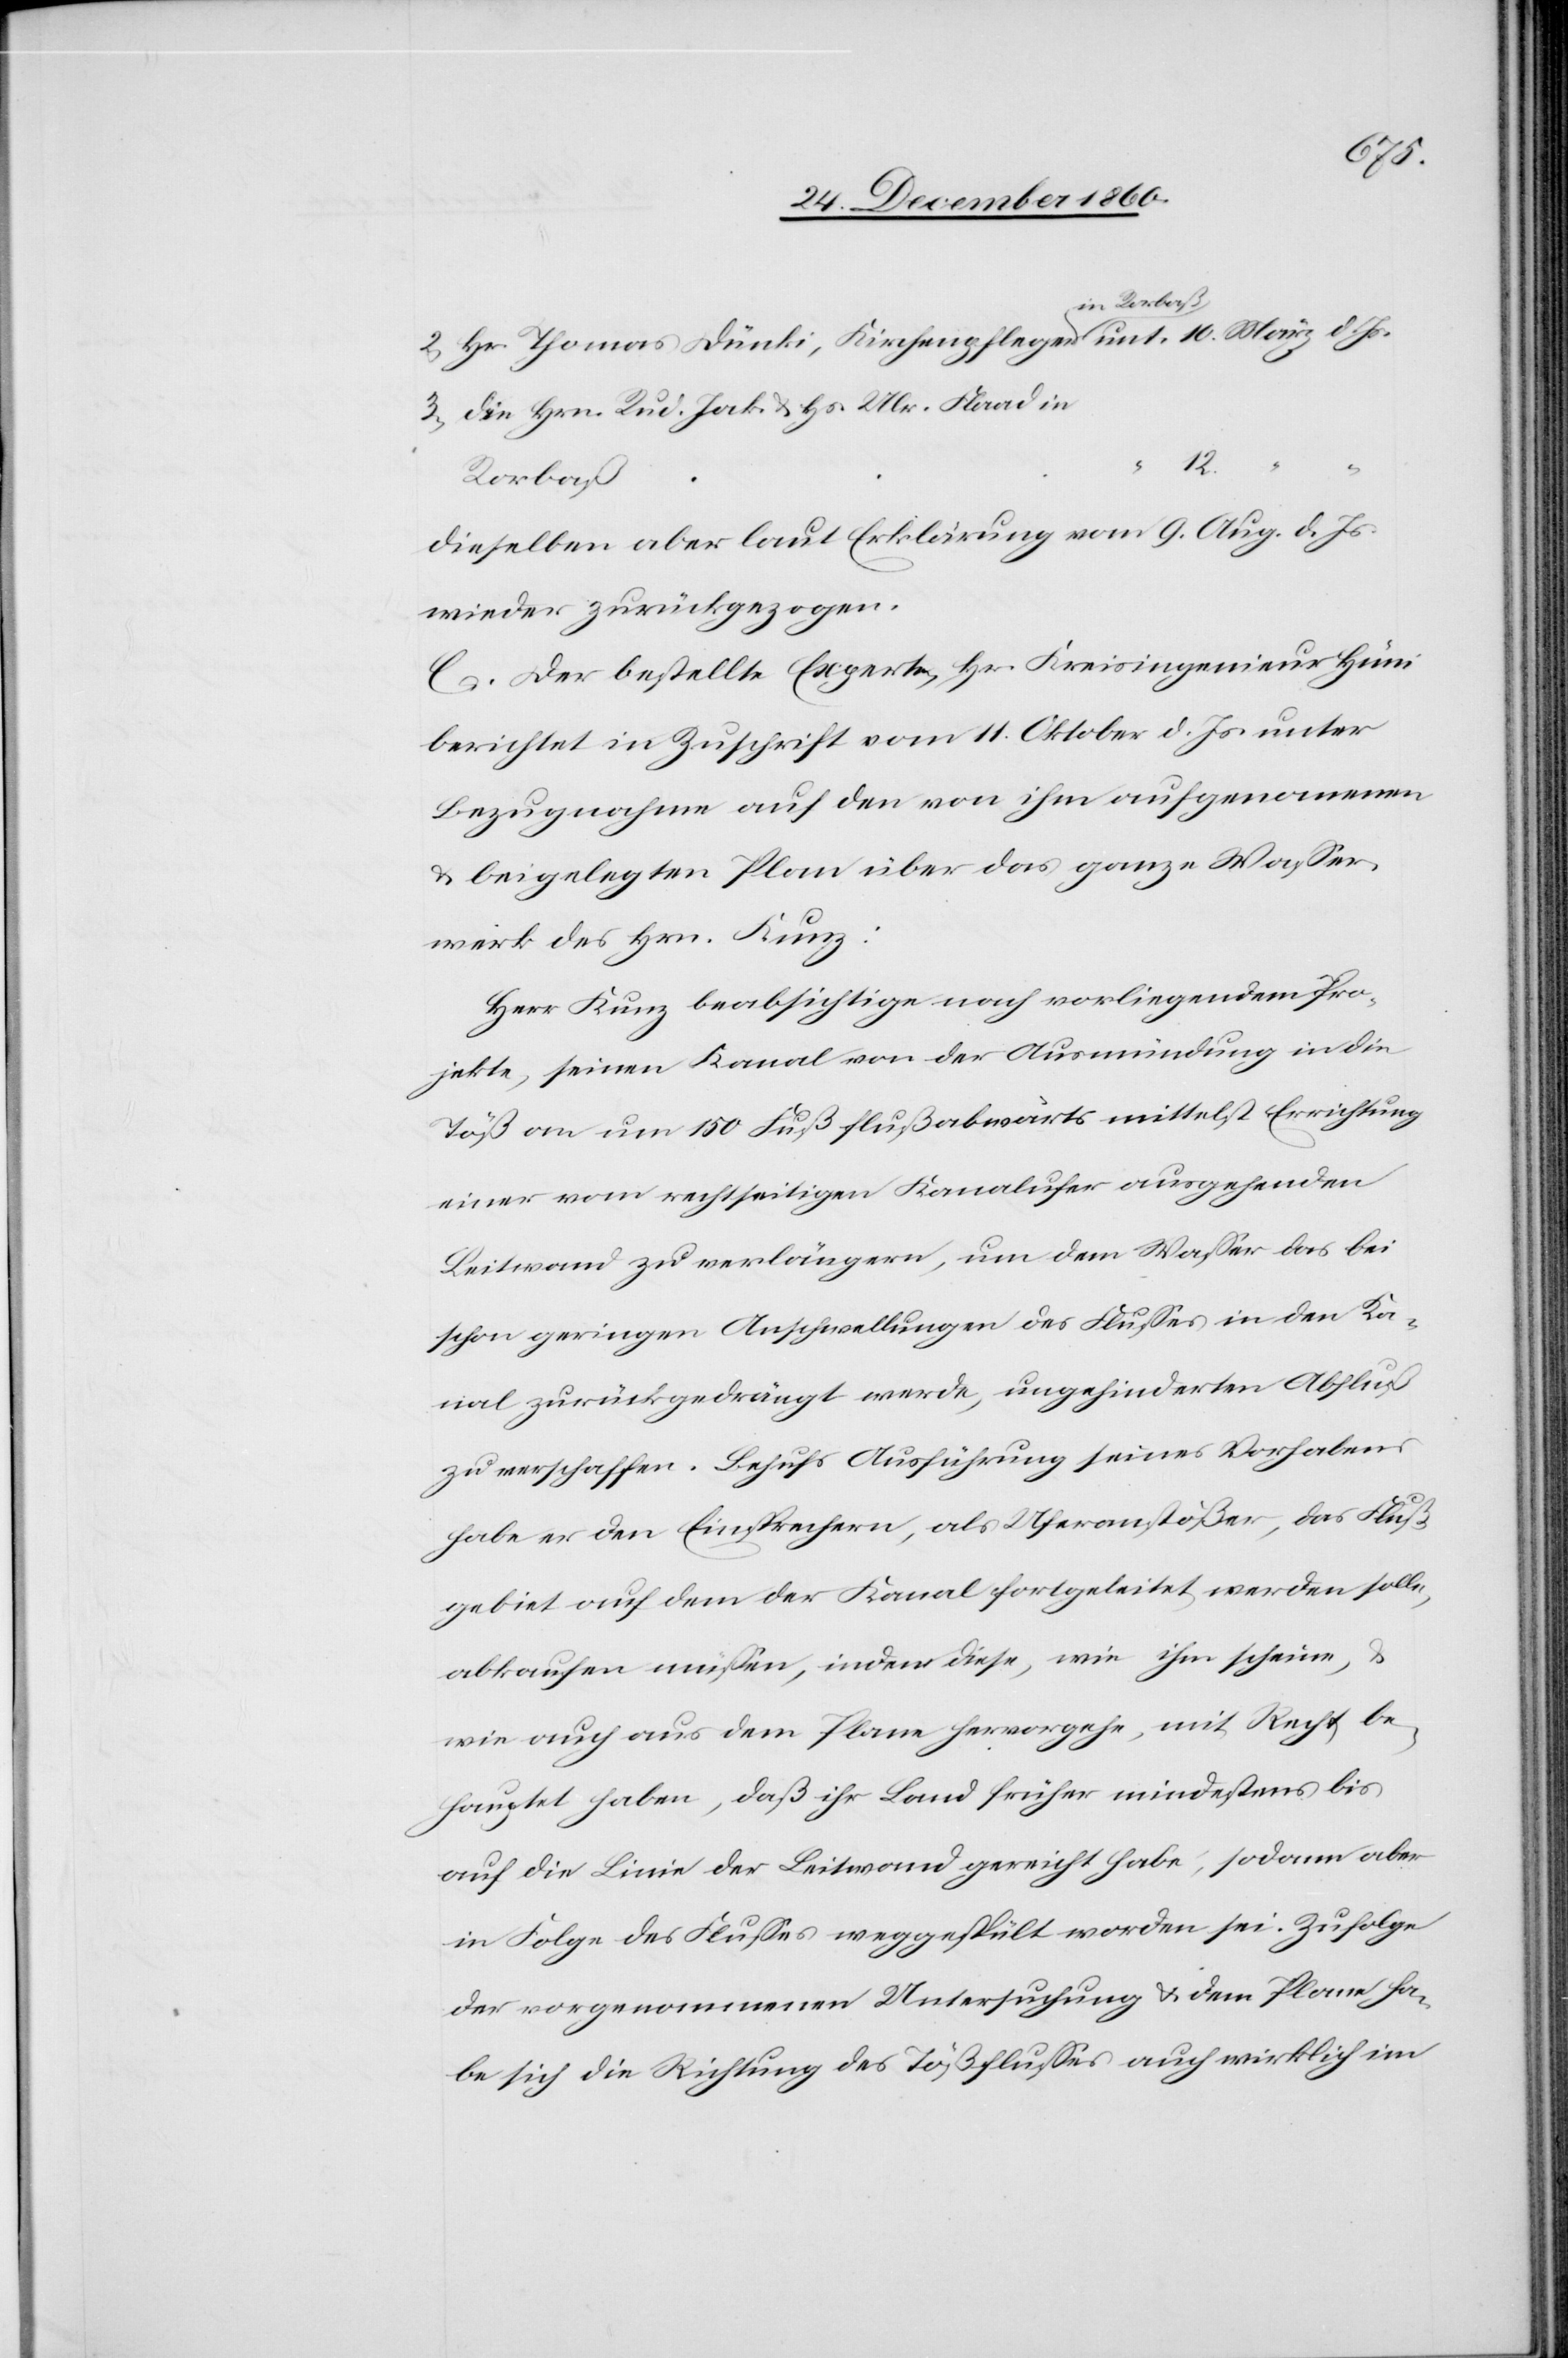
unt.
2. Hr. Thomas Dünki, Kirchenpfleger in Rorbaß
3. Die Hrn. Rud. Jak. u. Hs. Ulr. Flaad in
12.
Rorbaß
dieselben aber laut Erklärung vom 9. Aug. d. Js.
wieder zurückgezogen.
C. Der bestellte Experte, Hr. Kreisingenieur Hüni
berichtet in Zuschrift vom 11. Oktober d. Js. unter
Bezugnahme auf den von ihm aufgenommenen
u. beigelegten Plan über das ganze Wasser¬
werk des Hrn. Kunz:
Herr Kunz beabsichtige nach vorliegendem Pro¬
jekte, seinen Kanal von der Ausmündung in die
Töß an um 150 Fuß flußabwärts mittelst Errichtung
einer vom rechtseitigen Kanalufer ausgehenden
Leitwand zu verlängern, um dem Wasser das bei
schon geringen Anschwellungen des Flusses in den Ka¬
nal zurückgedrängt werde, ungehinderten Abfluß
zu verschaffen. Behufs Ausführung seines Vorhabens
habe er den Einsprechern, als Uferanstößer, das Fluß¬
gebiet auf dem der Kanal fortgeleitet werden solle,
abkaufen müssen, indem diese, wie ihm scheine,
wie auch aus dem Plane hervorgehe, mit Recht be¬
hauptet haben, daß ihr Land früher mindestens bis
auf die Linie der Leitwand gereicht habe, sodann aber
in Folge des Flusses weggespült worden sei. Zufolge
der vorgenommenen Untersuchung u. dem Plane ha¬
be sich die Richtung des Tößabflusses auch wirklich im